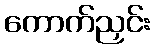
ကောက်ညှင်း